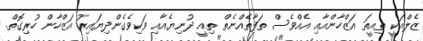
ޒެލްއަކީ ތިއީތަ އަޒްހާންއާއި އެއްވެސް ތަފާތެއްނެތް ތިއީ ދުނިޔެއާއި ވަކިވެގެންދިޔައިރު އަޒްހާން ހުރިގޮތް.